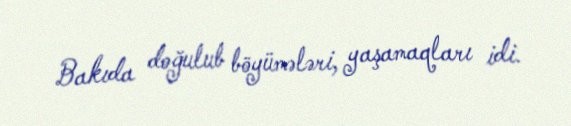
Bakıda doğulub böyümələri, yaşamaqları idi.